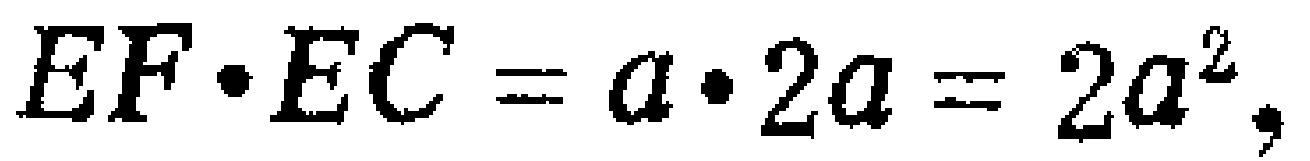
$EF\cdot EC=a\cdot 2a = 2a^{2},$